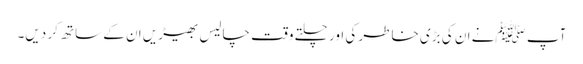
آپ ﷺنے ان کی بڑی خاطر کی اور چلتے وقت چالیس بھیڑیں ان کے ساتھ کر دیں۔